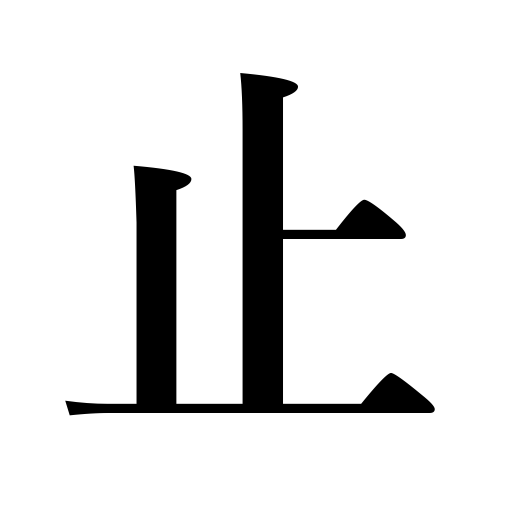
Meanings: alight on,roost,check,stop,stand still,fasten,be interrupted,dissuade,halt,cease,turn off,perch,be discontinued,allay pain,forbid to do,pull up,be choked,be held in position,detain